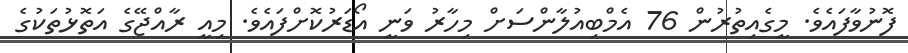
ފޮނުވާފައެވެ. މީގެއިތުރުން 76 އެމްބިއުލާންސަށް މިހާރު ވަނީ އޯޑަރުކޮށްފައެވެ. މިއީ ރާއްޖޭގެ އަތޮޅުތަކުގެ